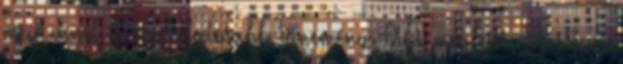
még ennél is csodálatosabb tünemény. Aki megfejti, az isteni